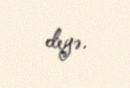
deyə.